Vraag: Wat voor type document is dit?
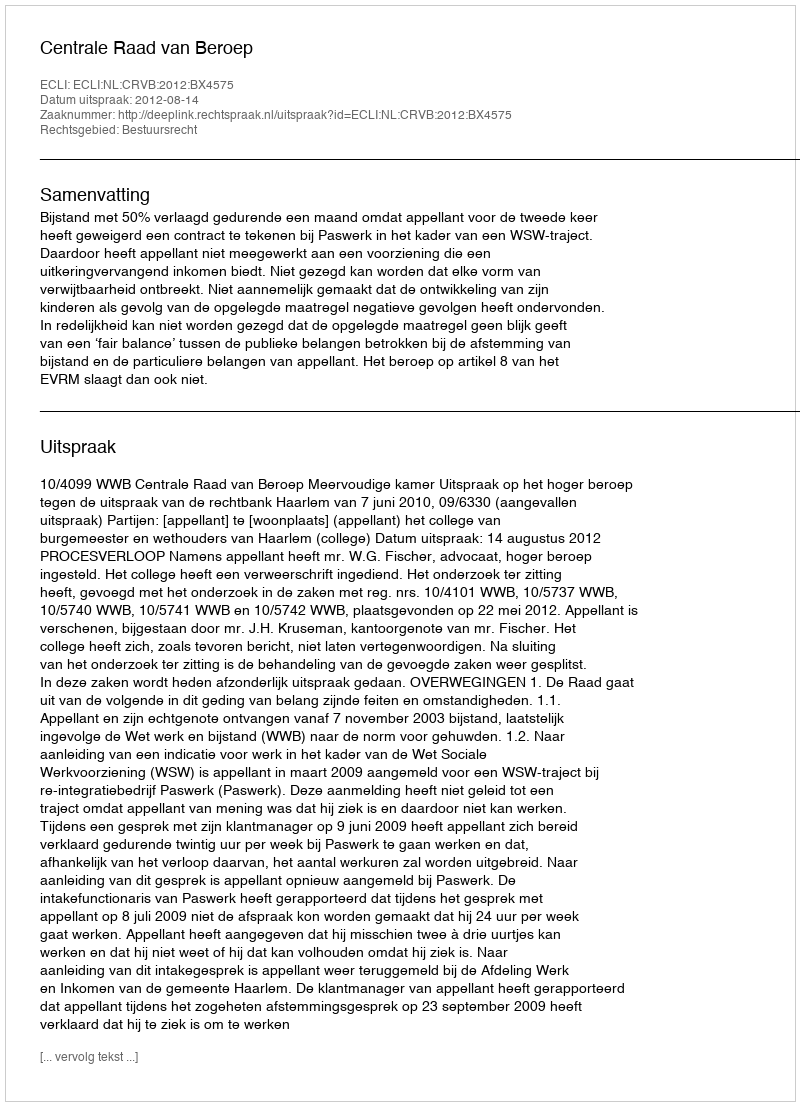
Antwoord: Uitspraak